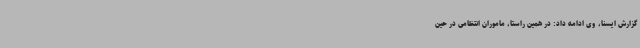
گزارش ایسنا، وی ادامه داد: در همین راستا، ماموران انتظامی در حین